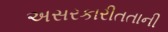
અસરકારીતતાની